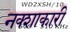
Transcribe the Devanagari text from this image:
नक्शाकारी